Annual administration report of the Civil Veterinary Department of India - 1895-1896
Year: 1895
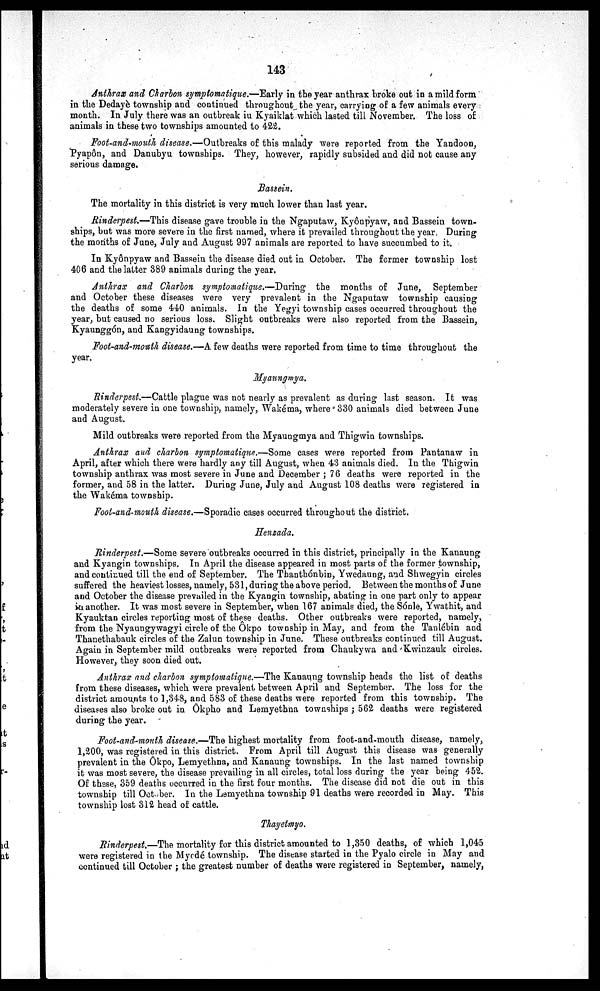
143
Anthrax and Charbon symptomatique.—Early in the year anthrax broke out in a mild form
in the Dedayè township and continued throughout the year, carrying of a few animals every
month. In July there was an outbreak iu Kyaiklat which lasted till November. The loss of
animals in these two townships amounted to 422.
Foot-and-mouth disease.—Outbreaks of this malady were reported from the Yandoon,
Pyapôn, and Danubyu townships. They, however, rapidly subsided and did not cause any
serious damage.
Bassein.
The mortality in this district is very much lower than last year.
Rinderpest.—This disease gave trouble in the Ngaputaw, Kyônpyaw, and Bassein town-
ships, but was more severe in the first named, where it prevailed throughout the year. During
the months of June, July and August 997 animals are reported to have succumbed to it.
In Kyônpyaw and Bassein the disease died out in October. The former township lost
406 and the latter 389 animals during the year.
Anthrax and Charbon symptomatique.—During the months of June, September
and October these diseases were very prevalent in the Ngaputaw township causing
the deaths of some 440 animals. In the Yegyi township cases occurred throughout the
year, but caused no serious loss. Slight outbreaks were also reported from the Bassein,
Kyaunggón, and Kangyidaung townships.
Foot-and-mouth disease.—A few deaths were reported from time to time throughout the
year.
Myaungmya.
Rinderpest.—Cattle plague was not nearly as prevalent as during last season. It was
moderately severe in one township, namely, Wakéma, where 330 animals died between June
and August.
Mild outbreaks were reported from the Myaungmya and Thigwin townships.
Anthrax and charbon symptomatique.—Some cases were reported from Pantanaw in
April, after which there were hardly any till August, when 43 animals died. In the Thigwin
township anthrax was most severe in June and December; 76 deaths were reported in the
former, and 58 in the latter. During June, July and August 108 deaths were registered in
the Wakéma township.
Foot-and-mouth disease.—Sporadic cases occurred throughout the district.
Henzada.
Rinderpest.—Some severe outbreaks occurred in this district, principally in the Kanaung
and Kyangin townships. In April the disease appeared in most parts of the former township,
and continued till the end of September. The Thanthónbin, Ywedaung, and Shwegyin circles
suffered the heaviest losses, namely, 531, during the above period. Between the months of June
and October the disease prevailed in the Kyangin township, abating in one part only to appear
in another. It was most severe in September, when 167 animals died, the Sónle, Ywathit, and
Kyauktan circles reporting most of these deaths. Other outbreaks were reported, namely,
from the Nyaungywagyi circle of the Ôkpo township in May, and from the Tanlébin and
Thanethabauk circles of the Zalun township in June. These outbreaks continued till August.
Again in September mild outbreaks were reported from Chaukywa and Kwinzauk circles.
However, they soon died out.
Anthrax and charbon symptomatique.—The Kanaung township heads the list of deaths
from these diseases, which were prevalent between April and September. The loss for the
district amounts to 1,348, and 583 of these deaths were reported from this township. The
diseases also broke out in Ôkpho and Lemyethna townships; 562 deaths were registered
during the year.
Foot-and-mouth disease.—The highest mortality from foot-and-mouth disease, namely,
1,200, was registered in this district. From April till August this disease was generally
prevalent in the Ôkpo, Lemyethna, and Kanaung townships. In the last named township
it was most severe, the disease prevailing in all circles, total loss during the year being 452.
Of these, 359 deaths occurred in the first four months. The disease did not die out in this
township till October. In the Lemyethna township 91 deaths were recorded in May. This
township lost 312 head of cattle.
Thayetmyo.
Rinderpest.—The mortality for this district amounted to 1,350 deaths, of which 1,045
were registered in the Myedé township. The disease started in the Pyalo circle in May and
continued till October; the greatest number of deaths were registered in September, namely,